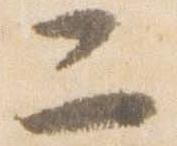
二